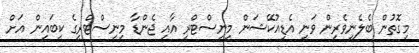
މިގޮތުން ބެލެނިވެރިން ވަނީ އެޑިއުކޭޝަން މިނިސްޓްރީ އާއި ޖެންޑާ މިނިސްޓްރީގެ ކިބައިން އަށް